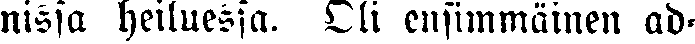
nissa heiluessa. Oli ensimmäinen ad-